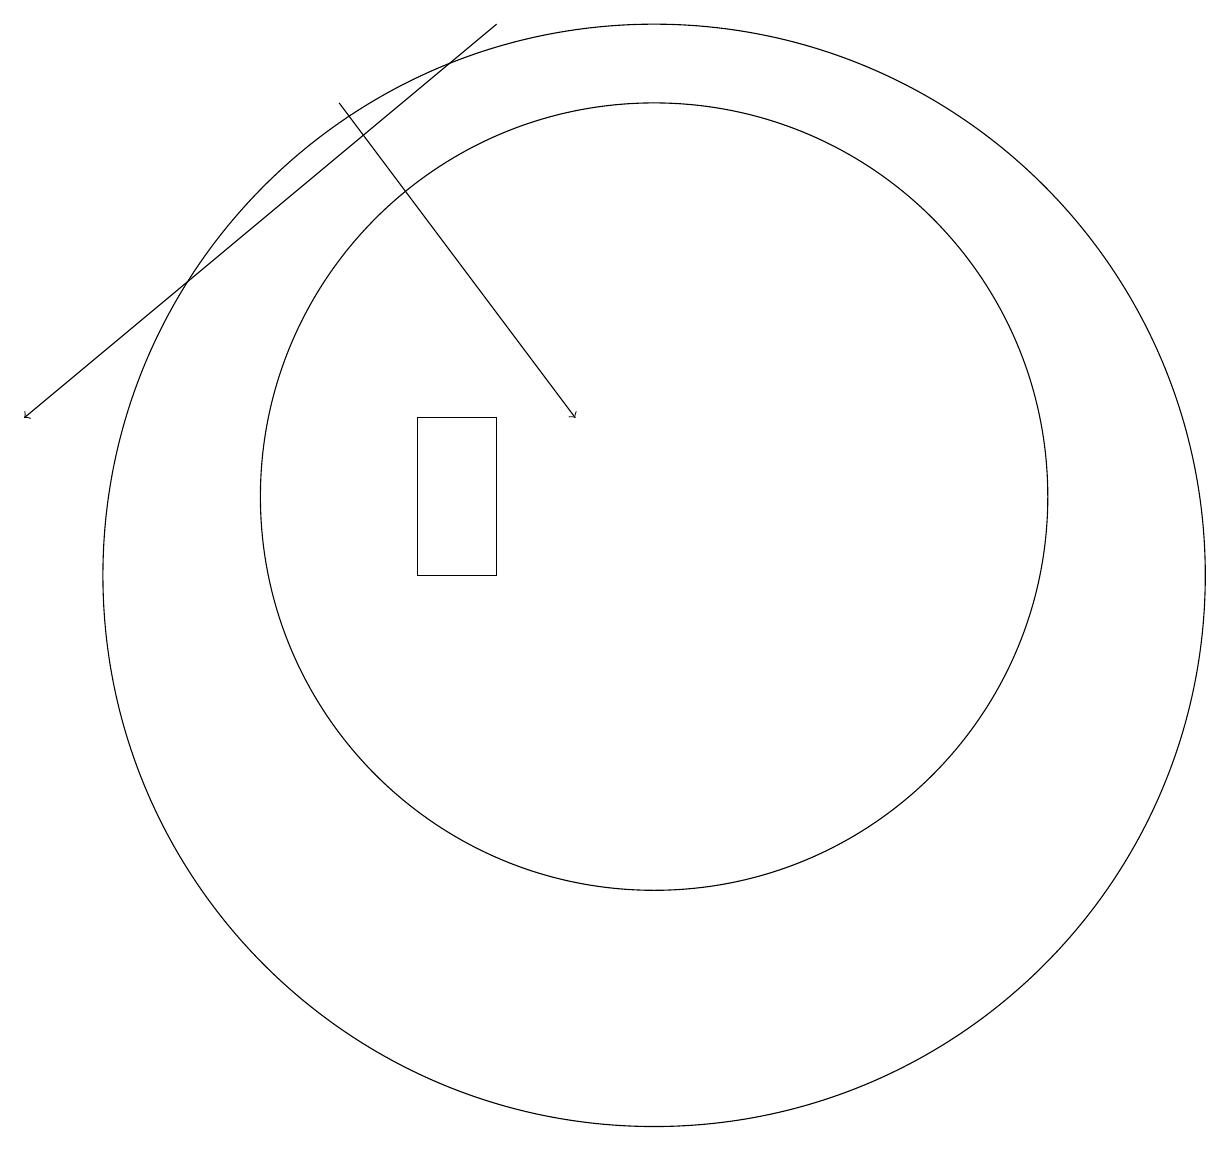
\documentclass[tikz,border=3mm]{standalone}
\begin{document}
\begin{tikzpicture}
\draw[->] (6,16) -- (9,12);
\draw[->] (8,17) -- (2,12);
\draw (10,11) circle (5);
\draw (7,10) rectangle (8,12);
\draw (10,10) circle (7);
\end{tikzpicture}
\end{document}